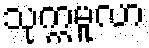
သုက္ကမူလာ